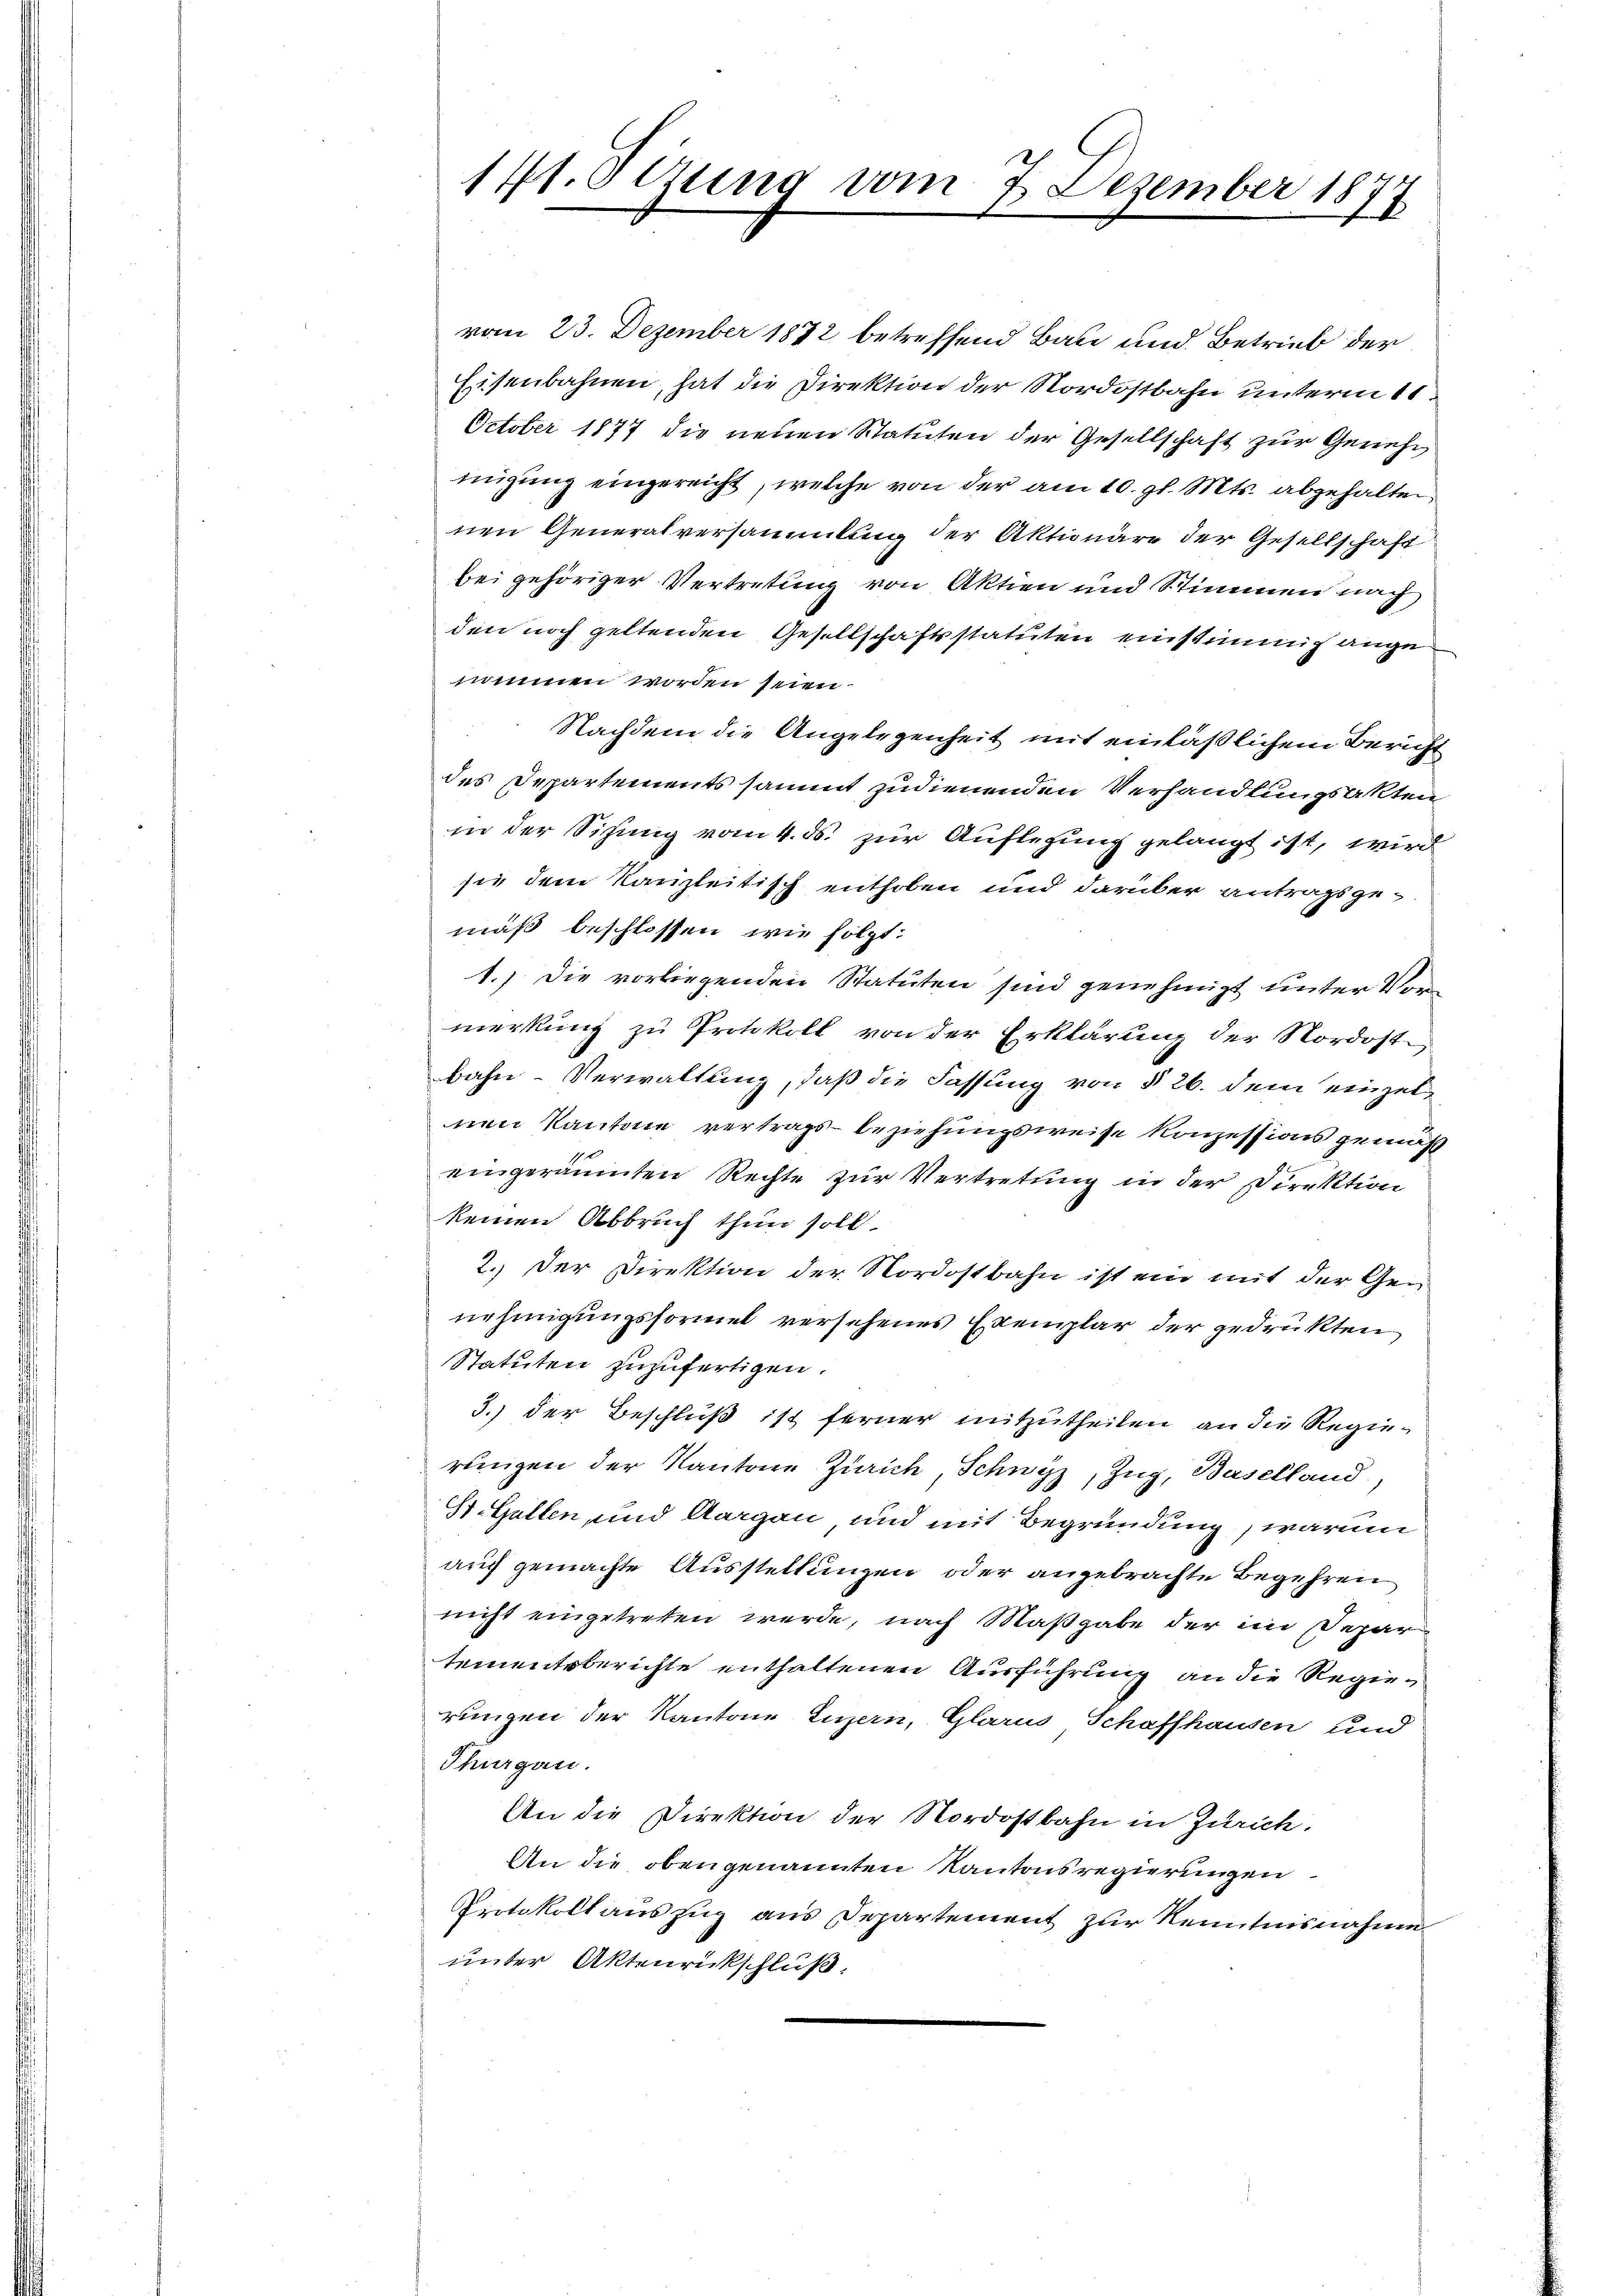
vom 23. Dezember 1882 betreffend Baue und Betrieb der
Eisenbahnen, hat die Direktion der Nordostbahn unterm 11
October 1877 die neuen Statuten der Gesellschaft zur Geriehe
migung eingereicht, welche von der am 10. gl. Mts. abgehalten
nen Generalversammlung der Aktionäre der Gesellschaft
bei gehöriger Vertretung von Aktien und Stimmen nach
den noch geltenden Gesellschaftsstatuten einstimmig ange
nommen worden seien.
Nachdem die Angelegenheit mit einläßlichem Bericht
des Departements sammt zudienenden Verhandlungsakten
in der Sihung vom 4. ds. zur Auflegung gelangt ist, wird
sie dem Kanzleitisch enthoben und darüber antragsgemäß beschlossen, wie folgt:
1.) Die vorliegenden Statuten sind genehmigt unter von
merkung zu Protokoll von der Erklärung der Nordostbahn-Verwaltung, daß die Fassung von § 26. dem einzelnen Kantone vertrags-Beziehungsweise konzessions gemäß
t
eingeräumten Rechte zur Vertretung in der Direktion
keinen Abbruch thun soll.
2. Der Direktion der Nordostbahn ist ein mit der Gen
nehmigungsformel versehenes Exemplar der gedrukten
Statuten zuzufertigen.
3.) der Beschluß ist ferner mitzutheilen an die Regierungen der Kantone Zürich, Schwyz, Zug, Baselland,
St. Gallen und Aargau und mit Begründung, warum
auch gemachte Ausstellungen oder angebrachte Begehren
nicht eingetreten werde, nach Maßgabe der im Departementsberichte enthaltenen Ausführung an die Regierungen der Kantone Luzern, Glarus Schaffhausen und
Thurgau.
An die Direktion der Nordostbahn in Zürich.
An die obengenannten Kantonsregierungen
Protokoll auszug aus Departement zur Kenntnisnahme
unter Aktenrückschluß.

141. Sezung vom 7. Dezember 1877